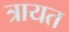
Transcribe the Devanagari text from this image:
त्रायत